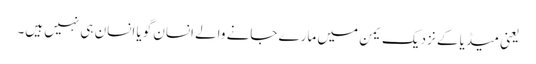
یعنی میڈیا کے نزدیک یمن میں مارے جانے والے انسان گویا انسان ہی نہیں ہیں۔